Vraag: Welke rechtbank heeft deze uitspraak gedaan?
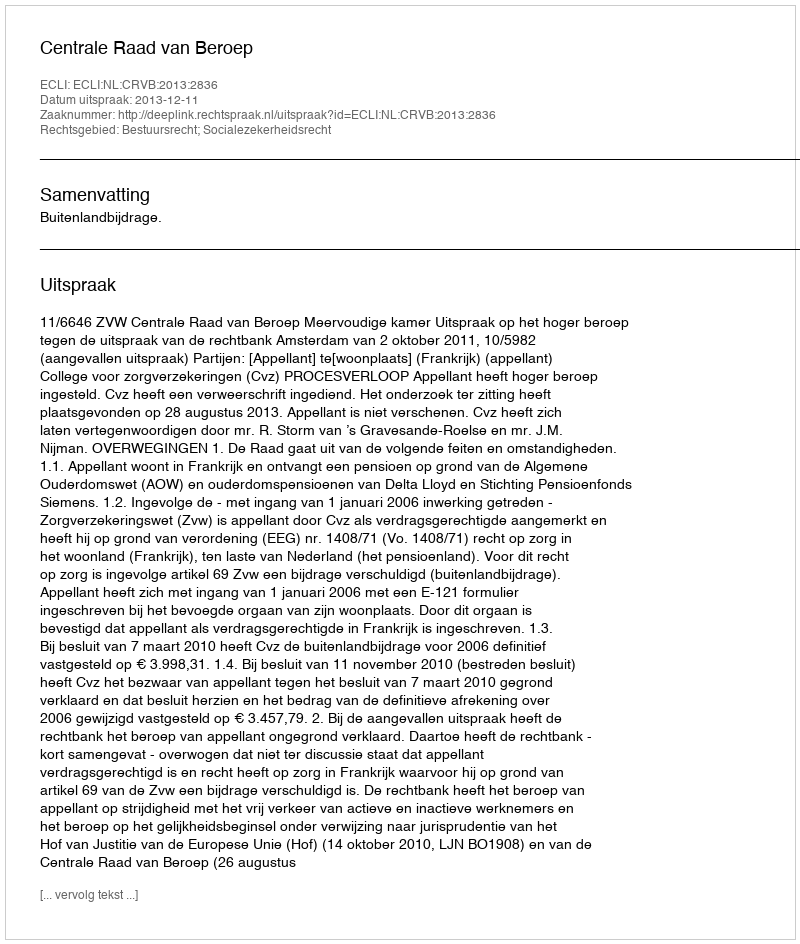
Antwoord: Centrale Raad van Beroep